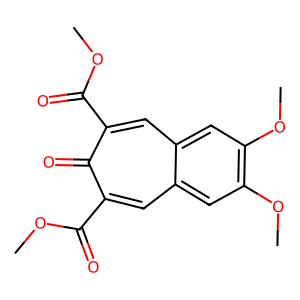
SMILES: COC(=O)c1cc2cc(OC)c(OC)cc2cc(C(=O)OC)c1=O
Inhibits HIV replication: No